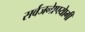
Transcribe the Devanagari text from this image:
सर्वजनाेपयाेगी